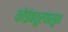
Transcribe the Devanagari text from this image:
कोइंबतूरपासून